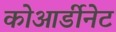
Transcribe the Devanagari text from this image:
कोआर्डीनेट